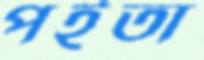
পইতা